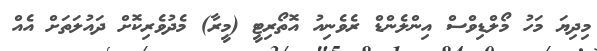
މިދިޔަ މަހު މޯލްޑިވްސް އިންލެންޑް ރެވެނިއު އޮތޯރިޓީ (މީރާ) މެދުވެރިކޮށް ދައުލަތަށް އެއް